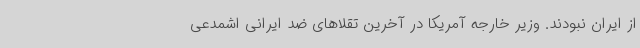
از ایران نبودند. وزیر خارجه آمریکا در آخرین تقلاهای ضد ایرانی اشمدعی